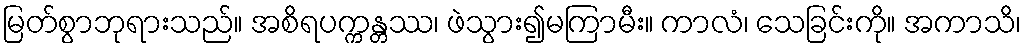
မြတ်စွာဘုရားသည်။ အစိရပက္ကန္တဿ၊ ဖဲသွား၍မကြာမီး။ ကာလံ၊ သေခြင်းကို။ အကာသိ၊